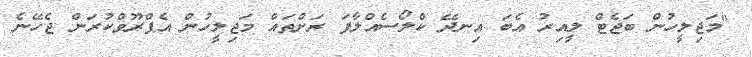
"މަޖިލީހުން ބަޖެޓް ލީއިރު އެބަ އިނދޭ ކްލޯސެއްލާފަ ރަށްތައް މަޖިލީހުން އެޕްރޫވްކުރަން ޖެހޭނެ